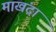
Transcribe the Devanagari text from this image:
माखंदा